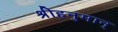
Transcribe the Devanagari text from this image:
श्रीहनुमान्